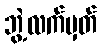
ဘွဲ့လက်မှတ်